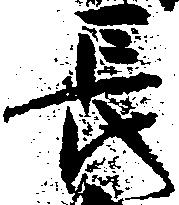
長